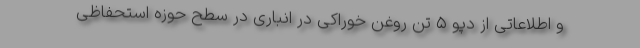
و اطلاعاتی از دپو ۵ تن روغن خوراکی در انباری در سطح حوزه استحفاظی